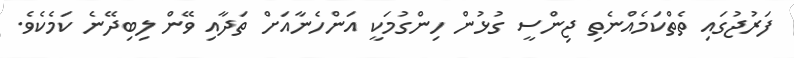
ފަރުޖުގައި ތެތްކަމެއްނެތި ޖިންސީ ގުޅުން ހިންގުމަކީ އަންހެނާއަށް ތަދާއި ވޭން ލިބިދޭނެ ކަމެކެވެ.